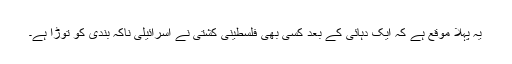
یہ پہلا موقع ہے کہ ایک دہائی کے بعد کسی بھی فلسطینی کشتی نے اسرائیلی ناکہ بندی کو توڑا ہے۔